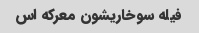
فیله سوخاریشون معرکه اس